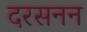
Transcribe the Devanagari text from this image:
दरसनन